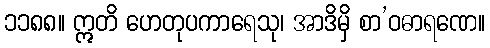
၁၁၈၈။ ဣတိ ဟေတုပကာရေသု၊ အာဒိမှိ စာ’ဝဓာရဏေ။